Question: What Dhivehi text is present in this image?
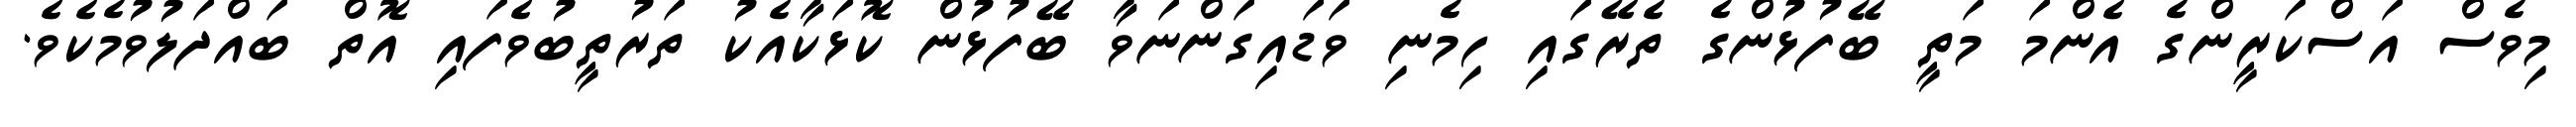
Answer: މިވެސް އަސްކަރީންގެ އެންމަ މަތީ ބޭފުޅުންގެ ތެރޭގައި ހިމެނި ވަޑައިގަންނަވާ ބޭފުޅުން ކޮޅަކާއެކު ތަރުތީބުވެފައި އޮތް ބައްދަލުވުމެކެވެ.